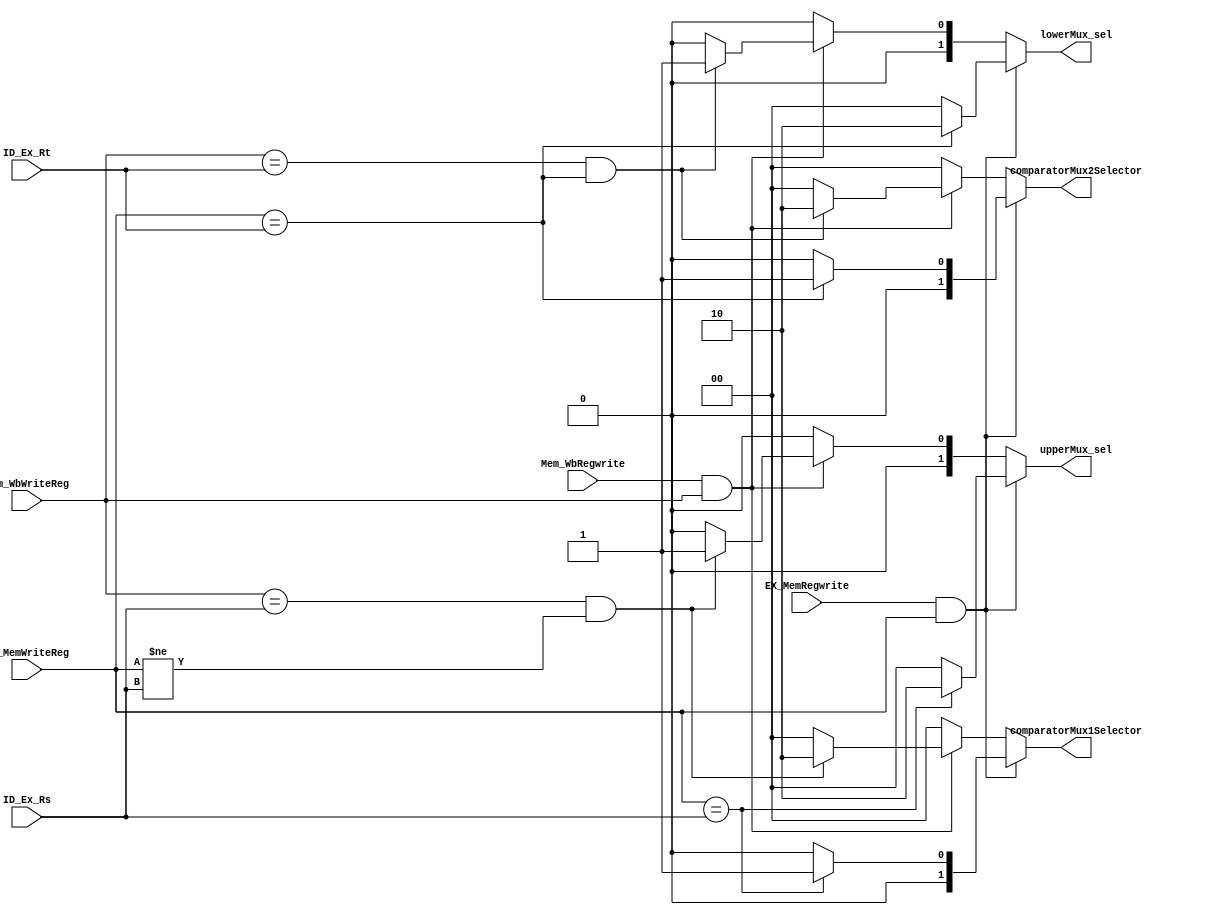
module ForwardingUnit (EX_MemRegwrite,EX_MemWriteReg,Mem_WbRegwrite,Mem_WbWriteReg,ID_Ex_Rs,ID_Ex_Rt,upperMux_sel,lowerMux_sel, comparatorMux1Selector,comparatorMux2Selector);
  
  input EX_MemRegwrite, Mem_WbRegwrite;
  input [4:0] EX_MemWriteReg , Mem_WbWriteReg, ID_Ex_Rs, ID_Ex_Rt;
  output reg [1:0] upperMux_sel, lowerMux_sel;
  output reg [1:0] comparatorMux1Selector,comparatorMux2Selector;
  
  always@(EX_MemRegwrite or EX_MemWriteReg or Mem_WbRegwrite or Mem_WbWriteReg or ID_Ex_Rs or ID_Ex_Rt)
    
    begin
      if(EX_MemRegwrite && EX_MemWriteReg)  //forwarding from ALU to ALU & from ALU to ID stage
        begin
          if (EX_MemWriteReg==ID_Ex_Rs)
            begin
            
            upperMux_sel<=2'b10;
            comparatorMux1Selector<=2'b01;
            end
          else //no forwarding
          begin
          upperMux_sel<=2'b00;
          comparatorMux1Selector<=2'b00;
          end
            
          if(EX_MemWriteReg==ID_Ex_Rt)
              begin
            lowerMux_sel<=2'b10;
            comparatorMux2Selector<=2'b01;
              end
          else //no forwarding
          begin
          lowerMux_sel<=2'b00;
          comparatorMux2Selector<=2'b00;
          end
            
        end
      
      else if (Mem_WbRegwrite && Mem_WbWriteReg)   //forwarding from Memorystage to ALU & from Memorystage to ID stage
        begin
          if ((Mem_WbWriteReg==ID_Ex_Rs) && (EX_MemWriteReg!=ID_Ex_Rs))
            begin
            upperMux_sel<=2'b01;
            comparatorMux1Selector<=2'b10;
            end
          else //no forwarding
          begin
          upperMux_sel<=2'b00;
          comparatorMux1Selector<=2'b00;
          end
            

            
          if((Mem_WbWriteReg==ID_Ex_Rt) && (EX_MemWriteReg==ID_Ex_Rt) )
          begin
            lowerMux_sel<=2'b01;
            comparatorMux2Selector<=2'b10;
          end

          else //no forwarding
          begin
          lowerMux_sel<=2'b00;
          comparatorMux2Selector<=2'b00;
          end

          
        end
      
      else    //No forwarding
        begin
                      upperMux_sel<=2'b00;
                      lowerMux_sel<=2'b00;
                      comparatorMux1Selector<=2'b00;
                      comparatorMux2Selector<=2'b00;

          
        end
        
      
      
    end
  
endmodule